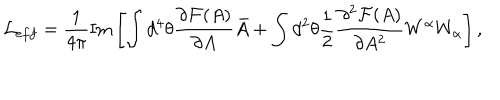
{ \cal L } _ { e f f } = \frac { 1 } { 4 \pi } \mathrm { I m } \left[ \int { d ^ { 4 } \theta \frac { \partial { \cal F } ( A ) } { \partial A } \bar { A } } + \int { d ^ { 2 } \theta \frac { 1 } { 2 } \frac { \partial ^ { 2 } { \cal F } ( A ) } { \partial A ^ { 2 } } W ^ { \alpha } W _ { \alpha } } \right] ,